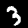
Label: 3